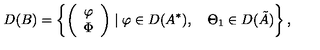
D ( B ) = \left\{ \left( \begin{array} { c } { \varphi } \\ { \Phi } \\ \end{array} \right) \mid \varphi \in D ( A ^ { * } ) , \quad \Theta _ { 1 } \in D ( \tilde { A } ) \right\} ,